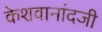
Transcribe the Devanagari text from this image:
केशवानांदजी